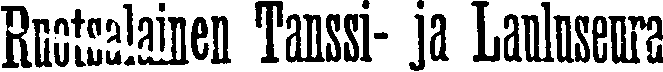
Rootalanen Tansi ja Lauluseura